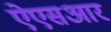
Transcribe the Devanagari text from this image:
ऐएसआर